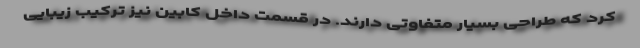
کرد که طراحی بسیار متفاوتی دارند. در قسمت داخل کابین نیز ترکیب زیبایی